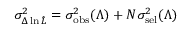
\sigma _ { \Delta \ln \hat { \cal L } } ^ { 2 } = \sigma _ { \mathrm { o b s } } ^ { 2 } ( \Lambda ) + N \sigma _ { \mathrm { s e l } } ^ { 2 } ( \Lambda )